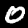
Label: 0